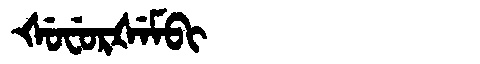
Manchu: ᡧᡠᠸᡠᡵᡧᡝᠮᠪᡳ
Romanization: ŠUFURŠEMBI